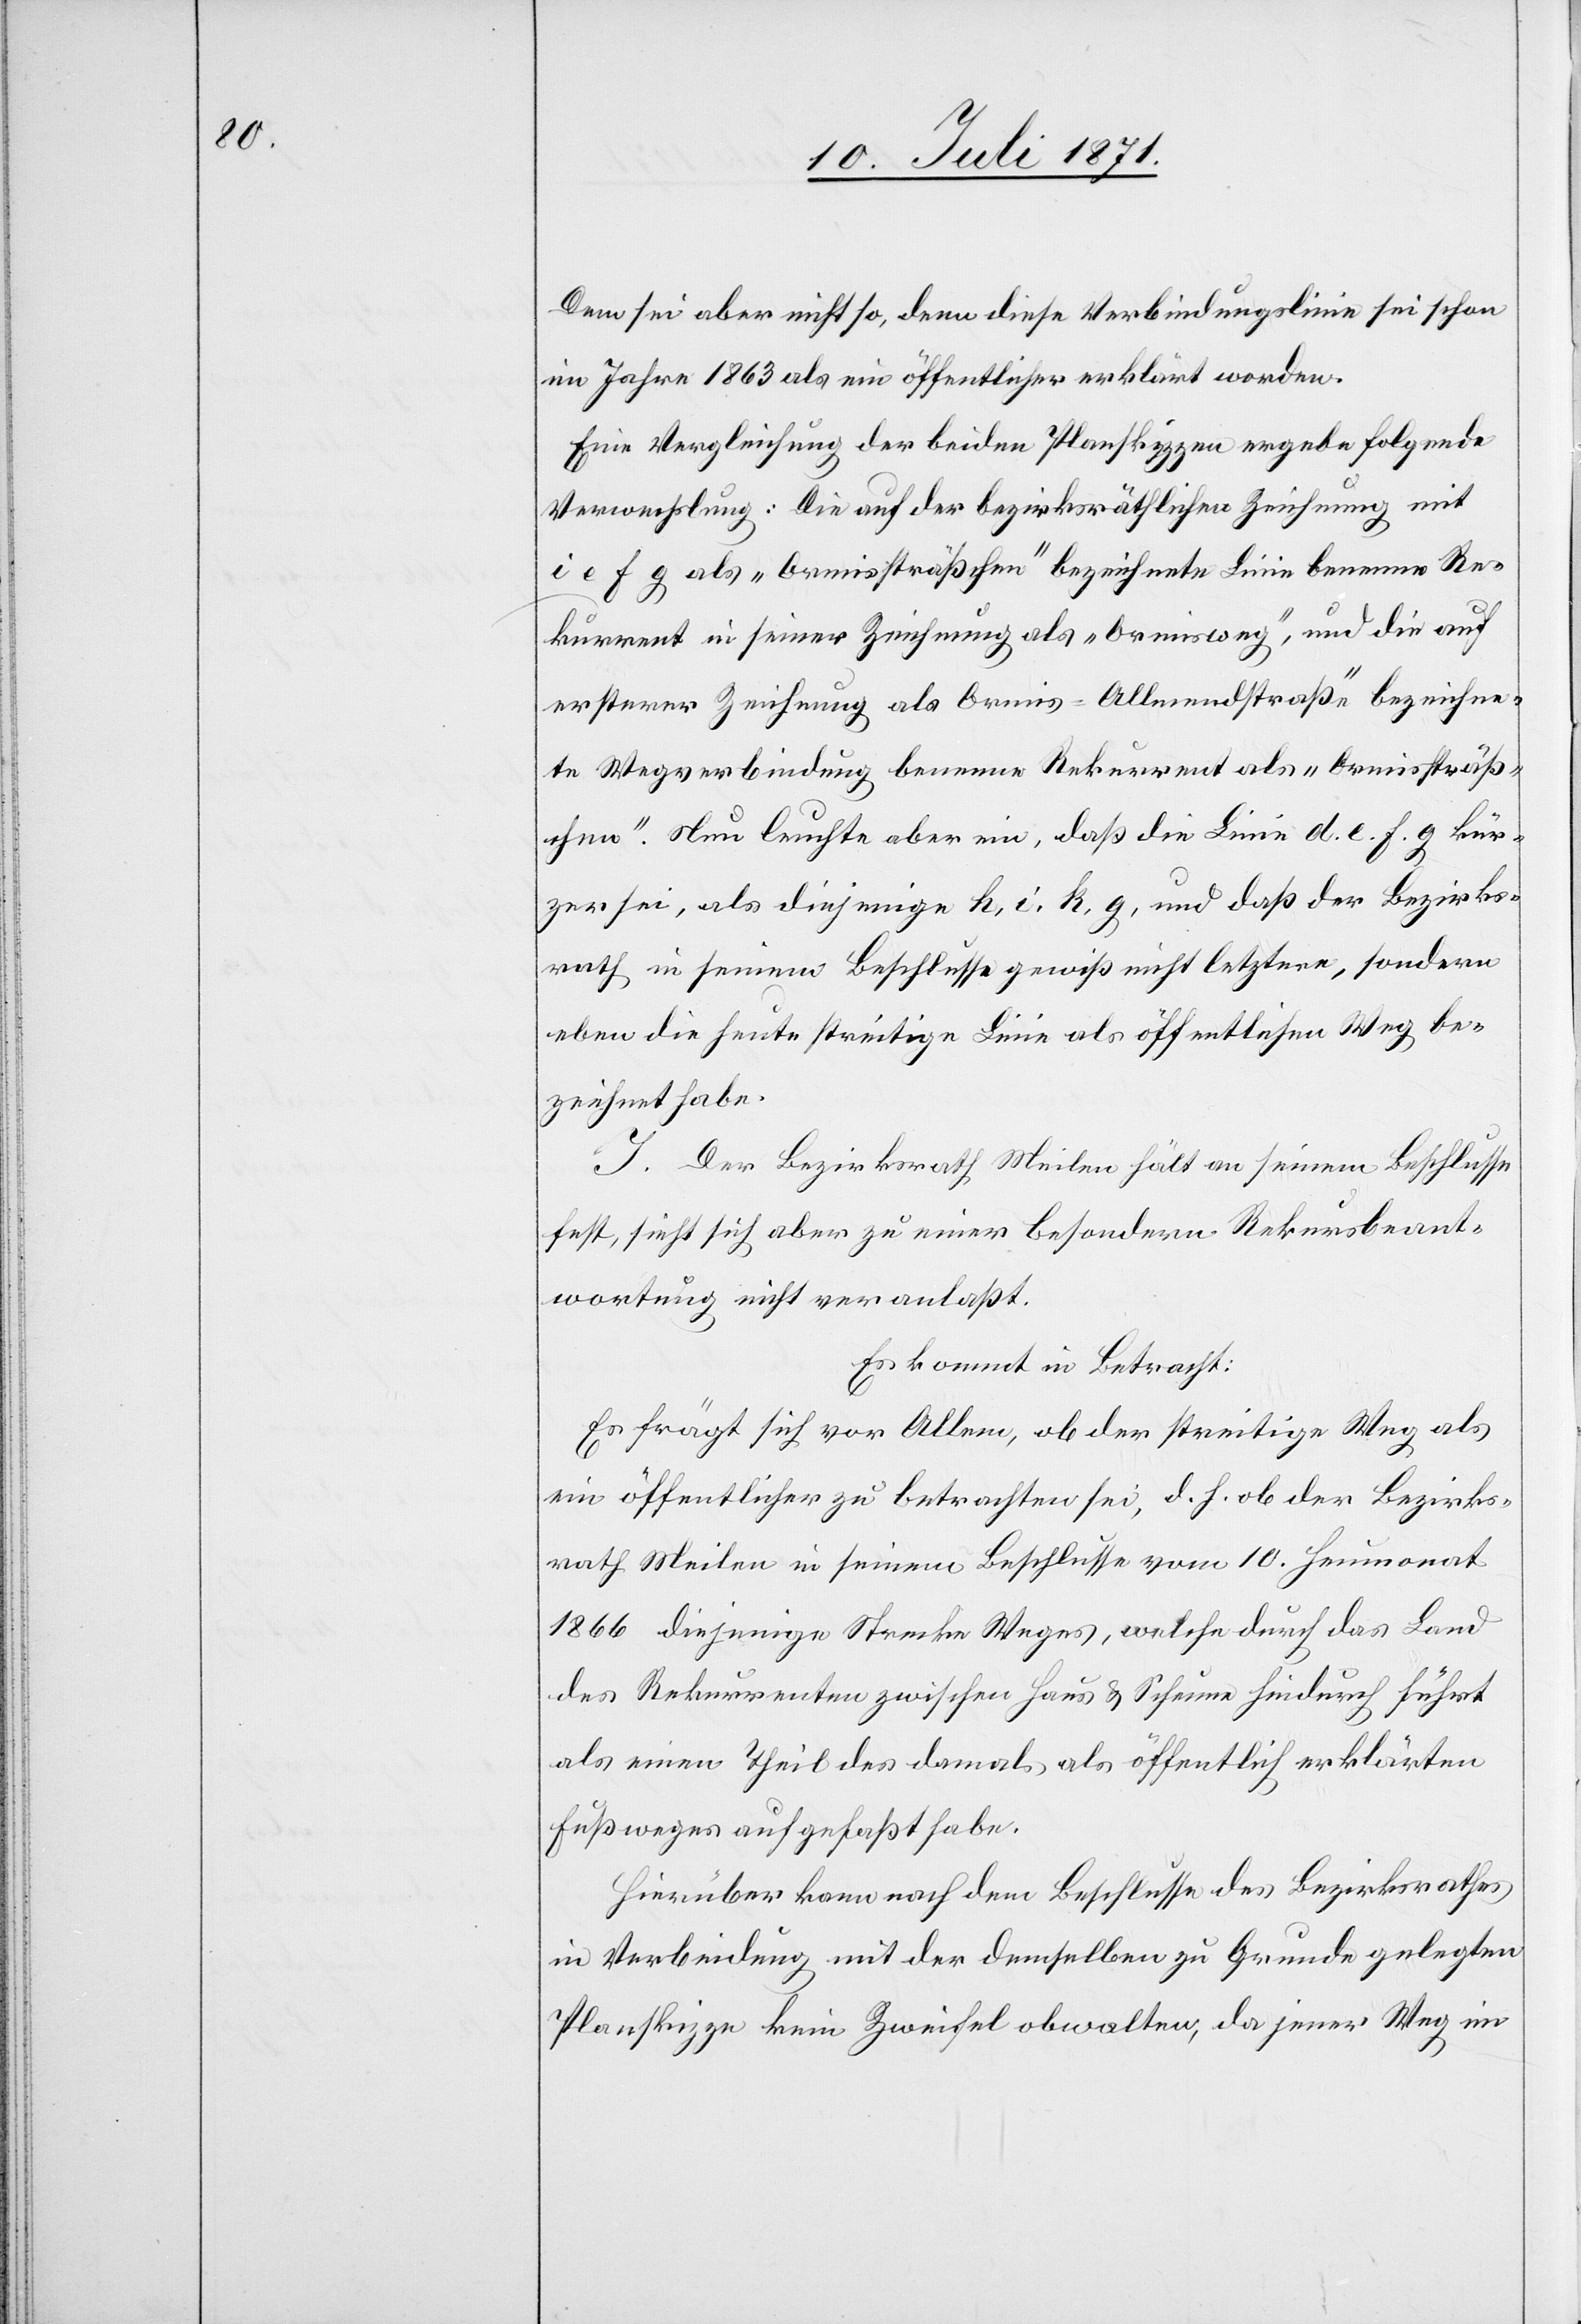
Dem sei aber nicht so, denn diese Verbindungslinie sei schon
im Jahre 1863 als ein öffentlicher [sic!] erklärt worden.
Eine Vergleichung der beiden Planskizzen ergebe folgende
Verwechslung: Die auf der bezirksräthlichen Zeichnung mit
e f g als „Ormissträßchen“ bezeichnete Linie benenne Re¬
kurrent in seiner Zeichnung als „Ormisweg“, und die auf
ersterer Zeichnung als Ormis-Allmendstraße“ bezeichne¬
te Wegverbindung benenne Rekurrent als „Ormissträß¬
chen“. Nun leuchte aber ein, daß die Linie d. e. f. g kür¬
zer sei, als diejenige h, i. k, g, und daß der Bezirks¬
rath in seinem Beschlusse gewiß nicht letztere, sondern
eben die heute streitige Linie als öffentlichen Weg be¬
zeichnet habe.
I. Der Bezirksrath Meilen hält an seinem Beschlusse
fest, sieht sich aber zu einer besondern Rekursbeant¬
wortung nicht veranlaßt.
Es kommt in Betracht:
Es frägt sich vor Allem, ob der streitige Weg als
ein öffentlicher zu betrachten sei, d. h. ob der Bezirks¬
rath Meilen in seinem Beschlusse vom 10. Heumonat
1866 diejenige Strecke Weges, welche durch das Land
des Rekurrenten zwischen Haus u. Scheune hindurch führt
als einen Theil des damals als öffentlich erklärten
Fußweges aufgefaßt habe.
Hierüber kann nach dem Beschlusse des Bezirksrathes
in Verbindung mit der demselben zu Grunde gelegten
Planskizze kein Zweifel obwalten, da jener Weg im